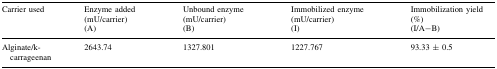
<table><thead><tr><td rowspan="2"><b>Carrier used</b></td><td><b>Enzyme added (mU/carrier)</b></td><td><b>Unbound enzyme (mU/carrier)</b></td><td><b>Immobilized enzyme (mU/carrier)</b></td><td><b>Immobilization yield (%)</b></td></tr><tr><td><b>(A)</b></td><td><b>(B)</b></td><td><b>(I)</b></td><td><b>(I/A−B)</b></td></tr></thead><tbody><tr><td>Alginate/k-carrageenan</td><td>2643.74</td><td>1327.801</td><td>1227.767</td><td>93.33 ± 0.5</td></tr></tbody></table>